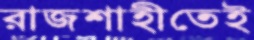
রাজশাহীতেই